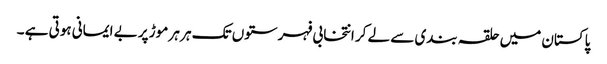
پاکستان میں حلقہ بندی سے لے کر انتخابی فہرستوں تک ہر ہر موڑ پر بے ایمانی ہوتی ہے ۔